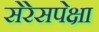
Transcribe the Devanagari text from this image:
सेरेसपेक्षा